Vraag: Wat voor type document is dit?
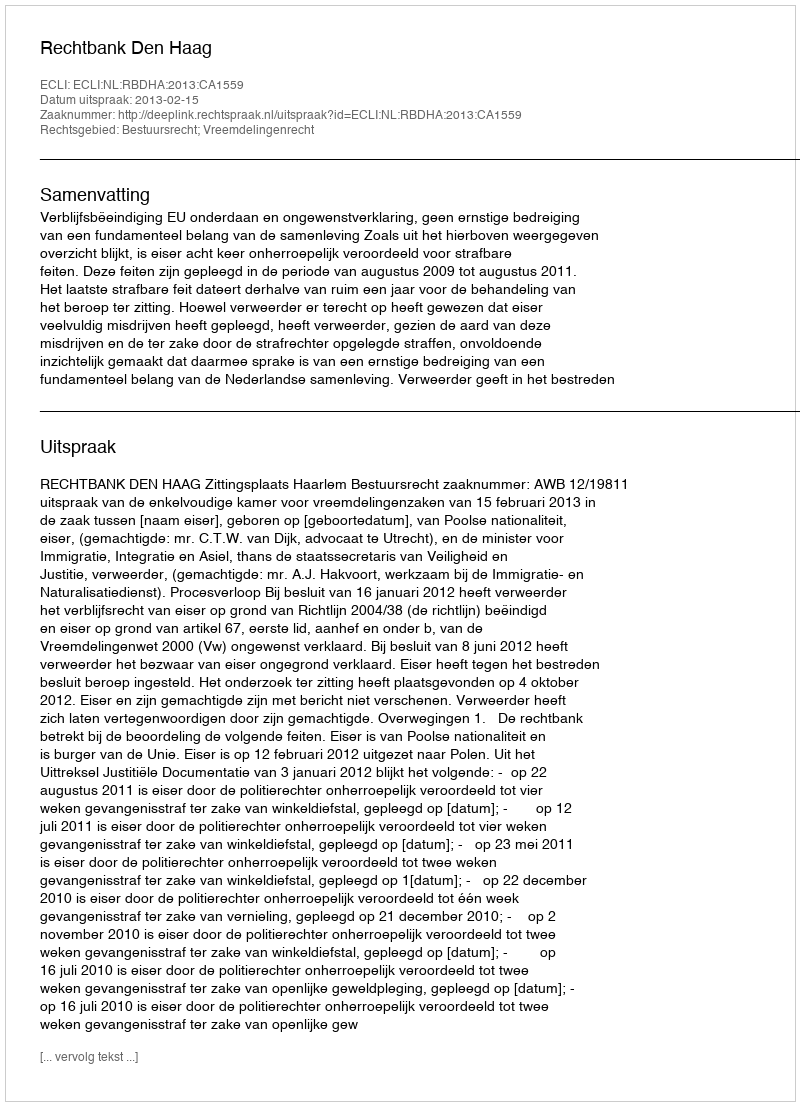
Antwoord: Uitspraak